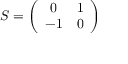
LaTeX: S = \left( \begin{array} { c c } { { 0 } } & { { 1 } } \\ { { - 1 } } & { { 0 } } \end{array} \right)